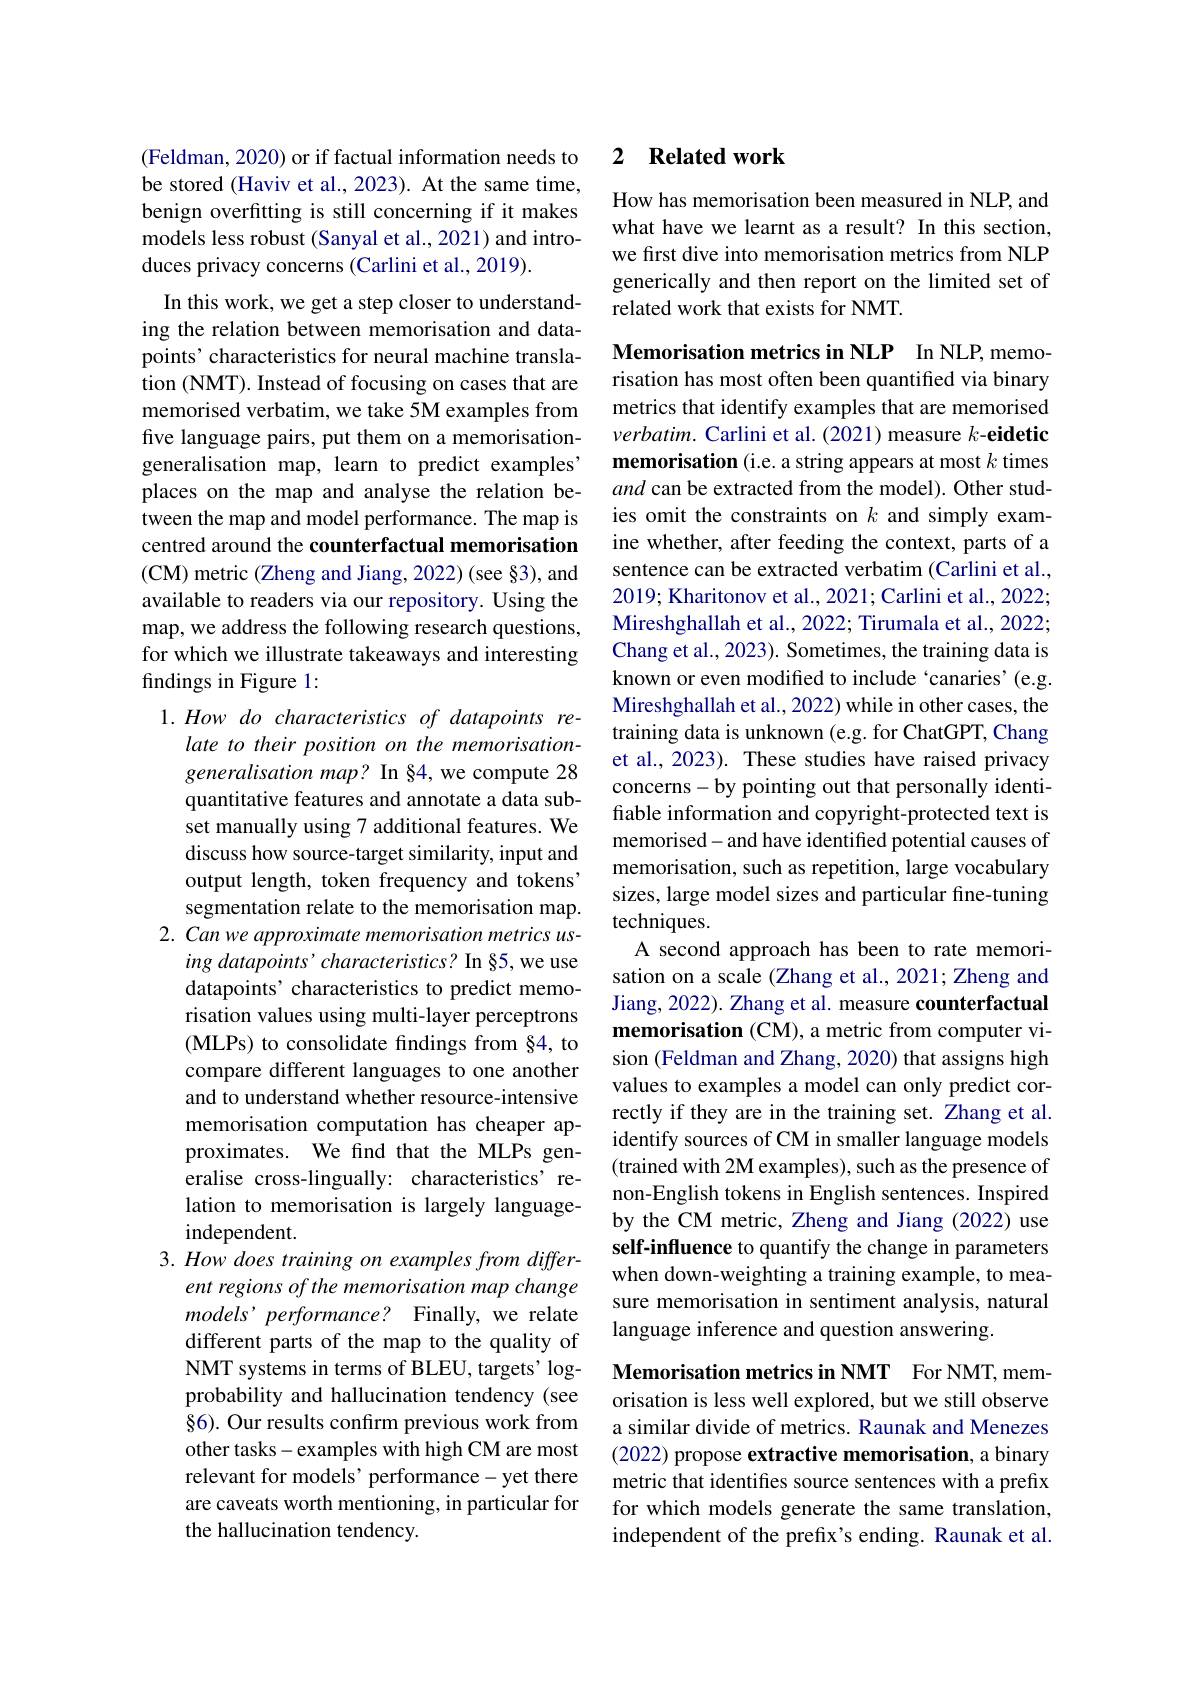
(Feldman, 2020) or if factual information needs to be stored (Haviv et al., 2023). At the same time, benign overfitting is still concerning if it makes models less robust (Sanyal et al., 2021) and introduces privacy concerns (Carlini et al., 2019).

In this work, we get a step closer to understanding the relation between memorisation and datapoints' characteristics for neural machine translation (NMT). Instead of focusing on cases that are memorised verbatim, we take 5M examples from five language pairs, put them on a memorisationgeneralisation map, learn to predict examples' places on the map and analyse the relation between the map and model performance. The map is centred around the counterfactual memorisation (CM) metric (Zheng and Jiang, 2022) (see §3), and available to readers via our repository. Using the map, we address the following research questions, for which we illustrate takeaways and interesting findings in Figure 1:

1. How do characteristics of datapoints re-
late to their position on the memorisationgeneralisation map? In §4, we compute 28 quantitative features and annotate a data subset manually using 7 additional features. We discuss how source-target similarity, input and output length, token frequency and tokens' segmentation relate to the memorisation map.
2. Can we approximate memorisation metrics us-
ing datapoints'characteristics? In §5, we use datapoints' characteristics to predict memorisation values using multi-layer perceptrons (MLPs) to consolidate findings from §4, to compare different languages to one another and to understand whether resource-intensive memorisation computation has cheaper approximates. We find that the MLPs generalise cross-lingually: characteristics' relation to memorisation is largely languageindependent.
3. How does training on examples from differ-
ent regions of the memorisation map change models' performance? Finally, we relate different parts of the map to the quality of NMT systems in terms of BLEU, targets' logprobability and hallucination tendency (see §6). Our results confirm previous work from other tasks- examples with high CM are most relevant for models' performance-yet there are caveats worth mentioning, in particular for the hallucination tendency.

### 2 $\textbf{Related work}$

How has memorisation been measured in NLP, and what have we learnt as a result? In this section, we first dive into memorisation metrics from NLP generically and then report on the limited set of related work that exists for NMT.

Memorisation metrics in NLP In NLP, memorisation has most often been quantified via binary metrics that identify examples that are memorised $verbatim.$ Carlini et al. (2021) measure $k\textbf{- eidetic}$ memorisation (i.e. a string appears at most $k$ times and can be extracted from the model). Other studies omit the constraints on $k$ and simply examine whether, after feeding the context, parts of a sentence can be extracted verbatim (Carlini et al., 2019; Kharitonov et al., 2021; Carlini et al., 2022; Mireshghallah et al., 2022; Tirumala et al., 2022; Chang et al., 2023). Sometimes, the training data is known or even modified to include `canaries'(e.g. Mireshghallah et al., 2022) while in other cases, the training data is unknown (e.g. for ChatGPT, Chang et al., 2023). These studies have raised privacy concerns-by pointing out that personally identifiable information and copyright-protected text is memorised- and have identified potential causes of memorisation, such as repetition, large vocabulary sizes, large model sizes and particular fine-tuning techniques.
A second approach has been to rate memorisation on a scale (Zhang et al., 2021; Zheng and Jiang, 2022). Zhang et al. measure counterfactual memorisation (CM), a metric from computer vision (Feldman and Zhang, 2020) that assigns high values to examples a model can only predict correctly if they are in the training set. Zhang et al. identify sources of CM in smaller language models (trained with 2M examples), such as the presence of non-English tokens in English sentences. Inspired by the CM metric, Zheng and Jiang (2022) use self-influence to quantify the change in parameters when down-weighting a training example, to measure memorisation in sentiment analysis, natural language inference and question answering.
Memorisation metrics in NMT For NMT, memorisation is less well explored, but we still observe a similar divide of metrics. Raunak and Menezes (2022) propose extractive memorisation, a binary

metric that identifies source sentences with a prefix for which models generate the same translation, independent of the prefix's ending. Raunak et al.